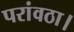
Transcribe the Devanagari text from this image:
परांवठा।